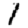
Digit: 1